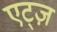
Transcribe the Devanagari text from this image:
एट्ज़